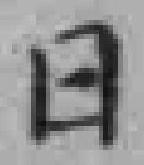
日